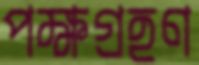
পক্ষগ্রহণ